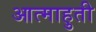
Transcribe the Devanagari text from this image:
आत्माहुती